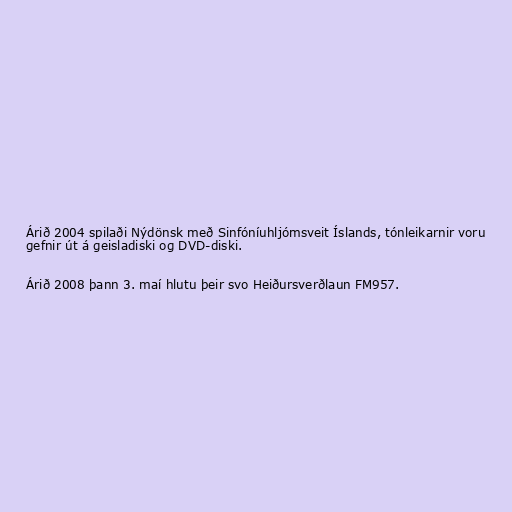
Árið 2004 spilaði Nýdönsk með Sinfóníuhljómsveit Íslands, tónleikarnir voru
gefnir út á geisladiski og DVD-diski.

Árið 2008 þann 3. maí hlutu þeir svo Heiðursverðlaun FM957.